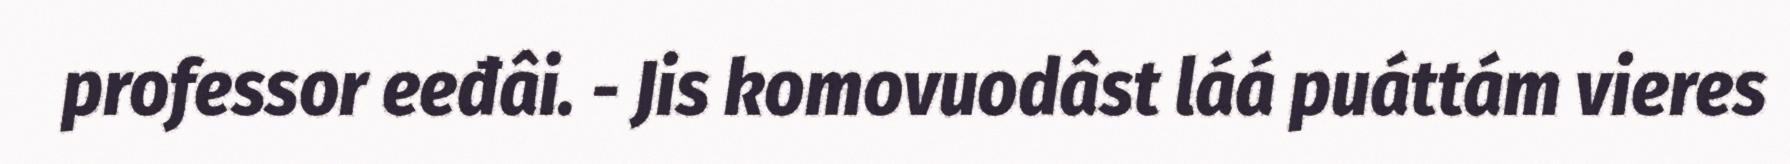
professor eeđâi. - Jis komovuodâst láá puáttám vieres